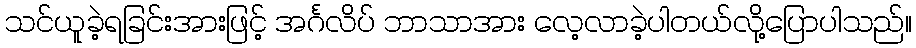
သင်ယူခဲ့ရခြင်းအားဖြင့် အင်္ဂလိပ် ဘာသာအား လေ့လာခဲ့ပါတယ်လို့ပြောပါသည်။